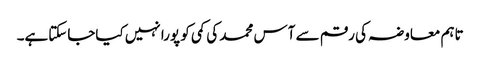
تاہم معاوضہ کی رقم سے آس محمد کی کمی کو پورا نہیں کیاجاسکتاہے۔